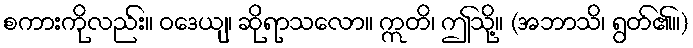
စကားကိုလည်း။ ဝဒေယျ၊ ဆိုရာသလော။ ဣတိ၊ ဤသို့။ (အဘာသိ၊ ရွတ်၏။)